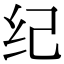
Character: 纪